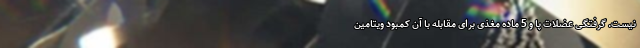
نیست. گرفتگی عضلات پا و 5 ماده مغذی برای مقابله با آن کمبود ویتامین